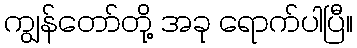
ကျွန်တော်တို့ အခု ရောက်ပါပြီ။